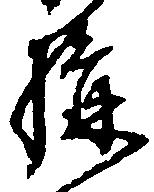
構